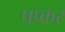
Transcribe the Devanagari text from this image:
पप्र्कर